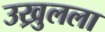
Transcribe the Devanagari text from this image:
उख्रुलला